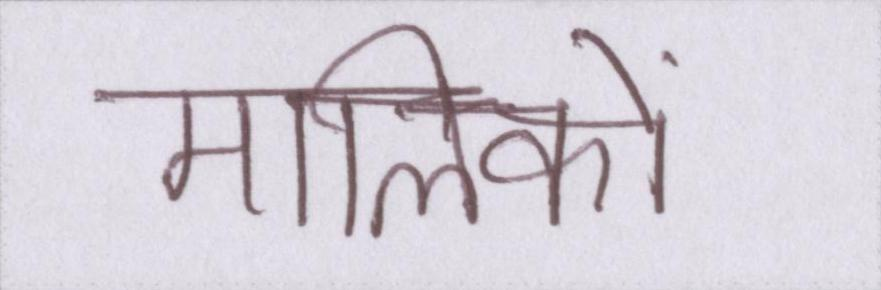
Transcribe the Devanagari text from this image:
मालिकों